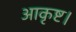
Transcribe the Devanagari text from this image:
आकृष्ट।